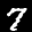
Label: 7